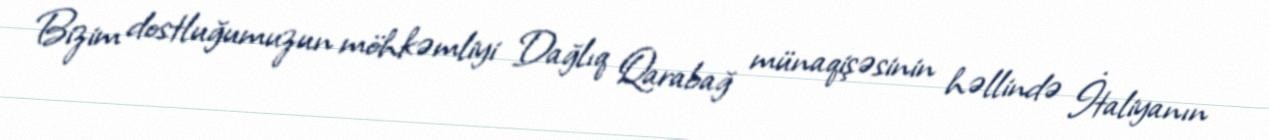
Bizim dostluğumuzun möhkəmliyi Dağlıq Qarabağ münaqişəsinin həllində İtaliyanın